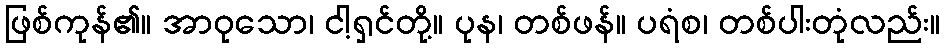
ဖြစ်ကုန်၏။ အာဝုသော၊ ငါ့ရှင်တို့။ ပုန၊ တစ်ဖန်။ ပရံစ၊ တစ်ပါးတုံလည်း။